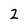
Character: 2